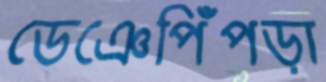
ডেঞেপিঁপড়া